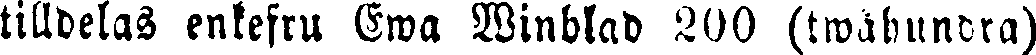
tilldelas enkefru Ewa Winblad 200 (twåhundra)